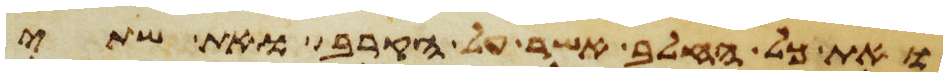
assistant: ואת כל החלב אשר על הקרב ואת שתי